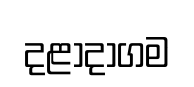
දළාදාගම